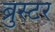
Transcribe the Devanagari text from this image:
ब्रुस्टर